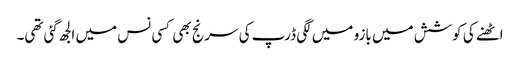
اٹھنے کی کوشش میں بازو میں لگی ڈرپ کی سرنج بھی کسی نس میں الجھ گئی تھی۔